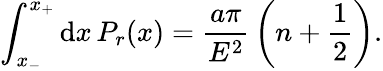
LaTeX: \int_{x_{-}}^{x_{+}}\mathrm{d}x\, P_{r}(x)={\frac{{a\pi}}{{E^{2}}}}\left(n+\frac{1}{2}\right).